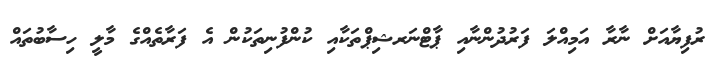
ރުފިޔާއަށް ނާރާ އަމިއްލަ ފަރުދުންނާއި ޕާޓްނަރޝިޕްތަކާއި ކުންފުނިތަކުން އެ ފަރާތެއްގެ މާލީ ހިސާބުތައް